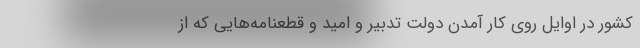
کشور در اوایل روی کار آمدن دولت تدبیر و امید و قطعنامه‌هایی که از